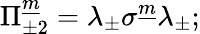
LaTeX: \Pi_{\pm 2}^{\underline{{m}}}=\lambda_{\pm}\sigma^{\underline{{m}}}\lambda_{\pm};